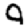
Digit: 9